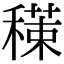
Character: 𥢇